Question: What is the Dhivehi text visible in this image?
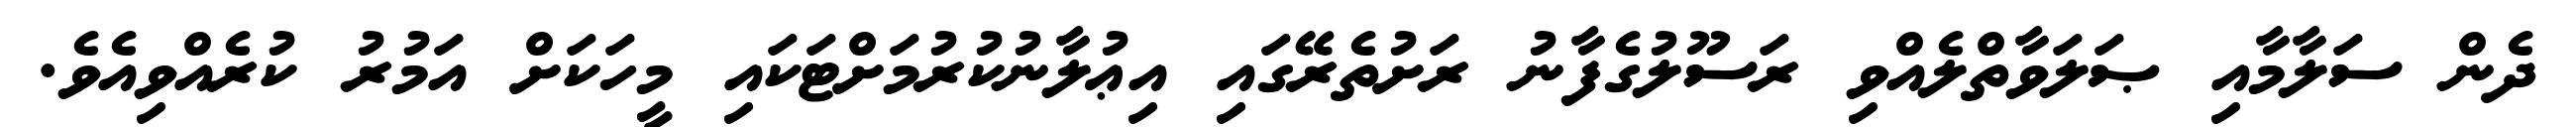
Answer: ދެން ސަލާމާއި ޞަލަވާތްލެއްވި ރަސޫލުގެފާނު ރަށުތެރޭގައި އިޢުލާނުކުރުމަށްޓަކައި މީހަކަށް އަމުރު ކުރެއްވިއެވެ.